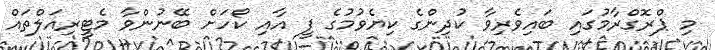
މި ޕްރޮގްރާމުގައި ބައިވެރިވާ ކުދިންގެ ކިޔެވުމުގެ ފީ އާއި ކޯހަށް ބޭނުންވާ މެޓީރިއަލްތައް